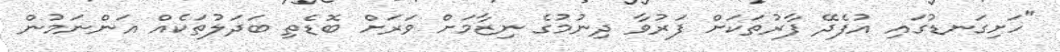
"ހަށިގަނޑުގައި އުފެދޭ ފާރުތަކަށް ފަރުވާ ދިނުމުގެ ނިޒާމަށް ވަރަށް ބޮޑެތި ބަދަލުތަކެއް އަންނަމުން